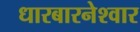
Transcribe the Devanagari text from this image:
धारबारनेश्‍वार